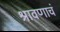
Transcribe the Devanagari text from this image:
श्रावणाचं